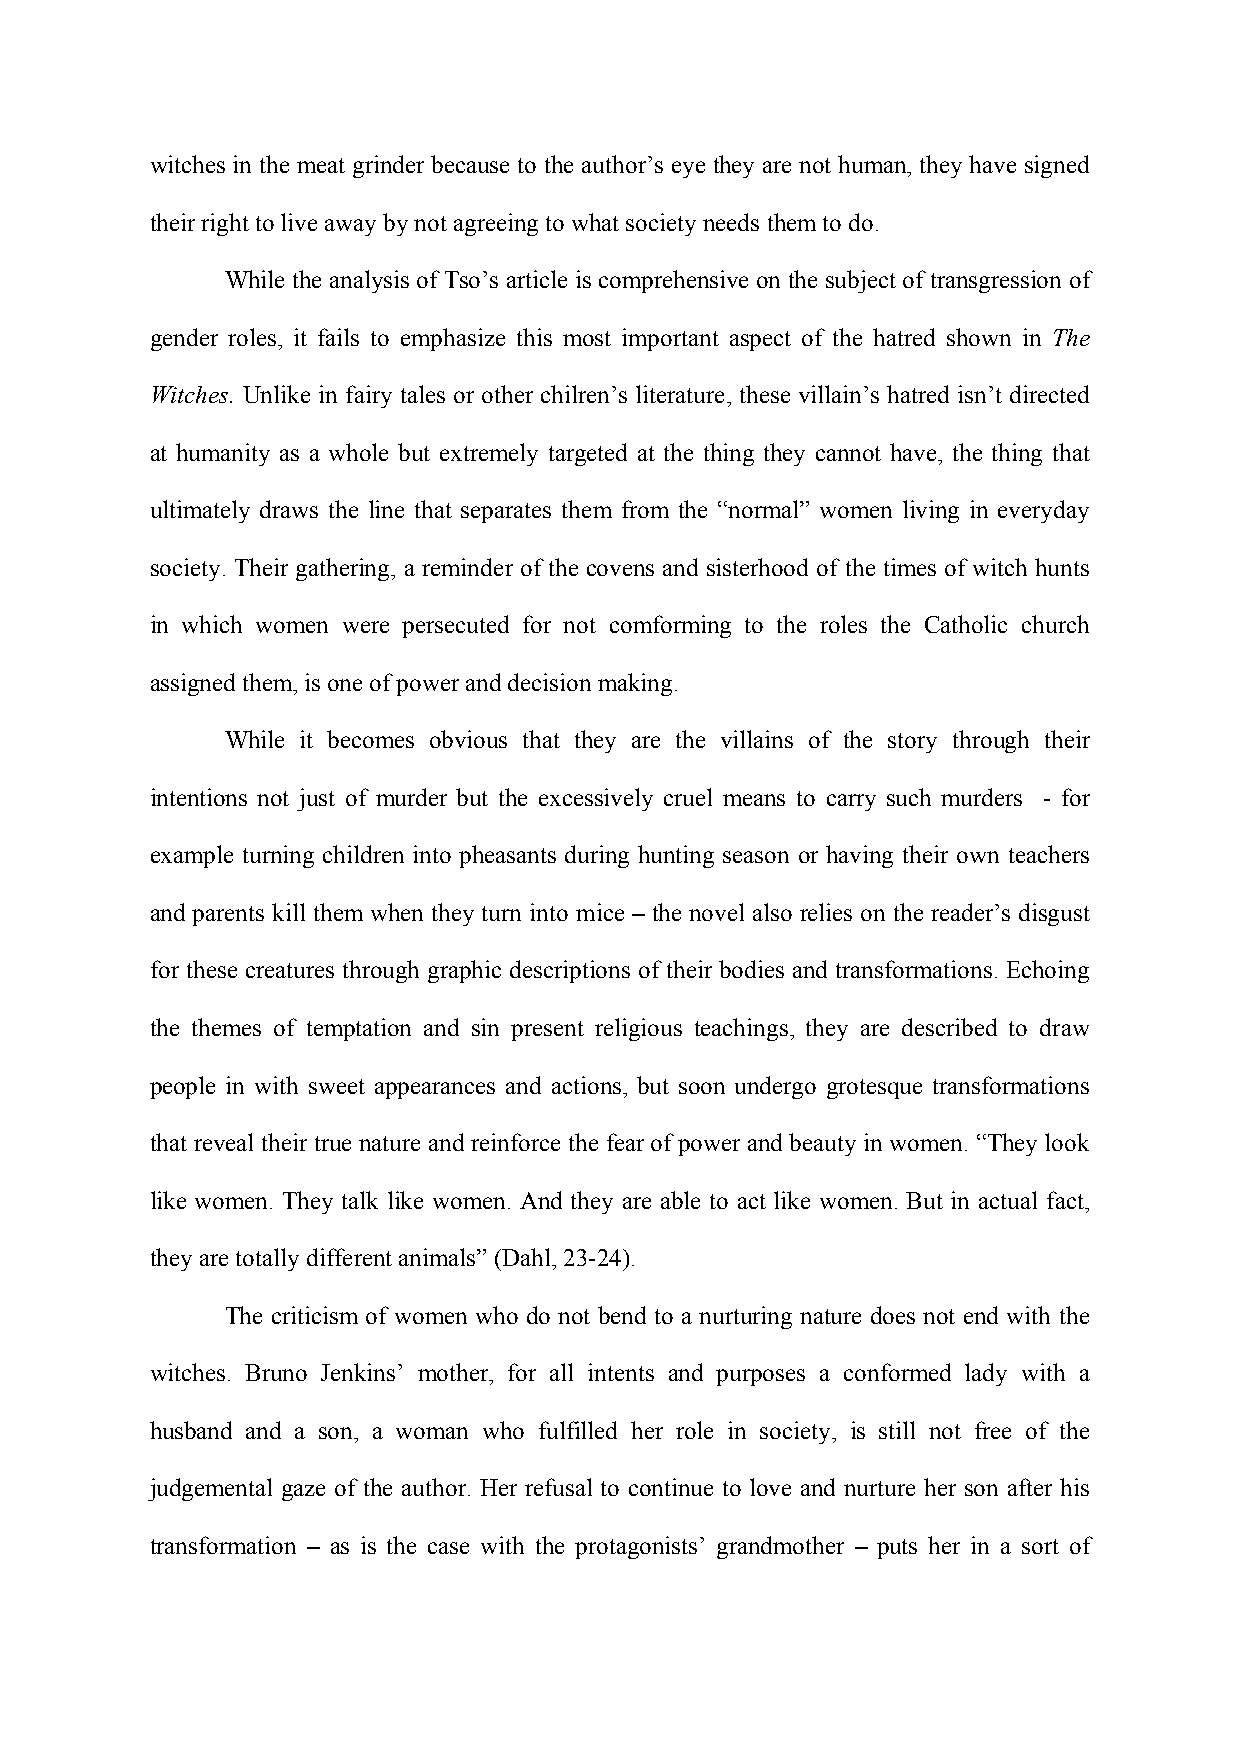
witches in the meat grinder because to the author’s eye they are not human, they have signed
 their right to live away by not agreeing to what society needs them to do.
 While the analysis of Tso’s article is comprehensive on the subject of transgression of
 gender roles, it fails to emphasize this most important aspect of the hatred shown in The
 Witches. Unlike in fairy tales or other chilren’s literature, these villain’s hatred isn’t directed
 at humanity as a whole but extremely targeted at the thing they cannot have, the thing that
 ultimately draws the line that separates them from the “normal” women living in everyday
 society. Their gathering, a reminder of the covens and sisterhood of the times of witch hunts
 in which women were persecuted for not comforming to the roles the Catholic church
 assigned them, is one of power and decision making.
 While it becomes obvious that they are the villains of the story through their
 intentions not just of murder but the excessively cruel means to carry such murders - for
 example turning children into pheasants during hunting season or having their own teachers
 and parents kill them when they turn into mice – the novel also relies on the reader’s disgust
 for these creatures through graphic descriptions of their bodies and transformations. Echoing
 the themes of temptation and sin present religious teachings, they are described to draw
 people in with sweet appearances and actions, but soon undergo grotesque transformations
 that reveal their true nature and reinforce the fear of power and beauty in women. “They look
 like women. They talk like women. And they are able to act like women. But in actual fact,
 they are totally different animals” (Dahl, 23-24).
 The criticism of women who do not bend to a nurturing nature does not end with the
 witches. Bruno Jenkins’ mother, for all intents and purposes a conformed lady with a
 husband and a son, a woman who fulfilled her role in society, is still not free of the
 judgemental gaze of the author. Her refusal to continue to love and nurture her son after his
 transformation – as is the case with the protagonists’ grandmother – puts her in a sort of